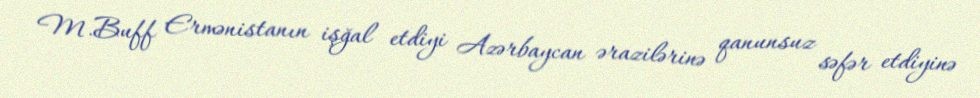
M.Buff Ermənistanın işğal etdiyi Azərbaycan ərazilərinə qanunsuz səfər etdiyinə